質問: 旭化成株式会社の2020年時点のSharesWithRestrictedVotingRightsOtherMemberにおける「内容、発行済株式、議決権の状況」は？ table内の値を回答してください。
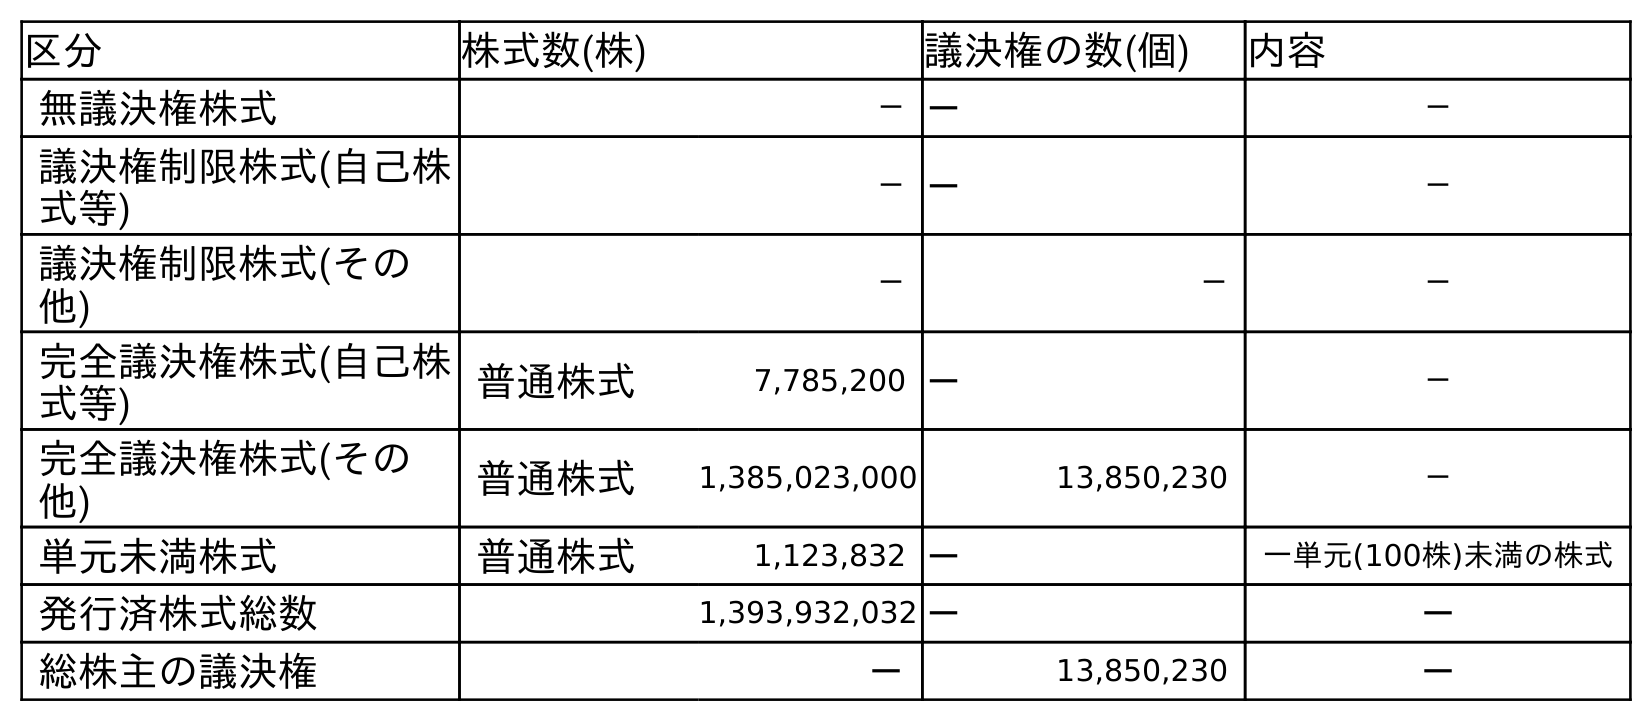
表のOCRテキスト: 区分 株式数(株) 議決権の数(個) 内容 無議決権株式 －－ － 議決権制限株式(自己株 式等) －－ － 議決権制限株式(その 他) － － － 完全議決権株式(自己株 式等) 普通株式 7,785,200 － － 完全議決権株式(その 他) 普通株式 1,385,023,000 13,850,230 － 単元未満株式 普通株式 1,123,832 － 一単元(100株)未満の株式 発行済株式総数 1,393,932,032－ － 総株主の議決権 － 13,850,230 －
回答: －